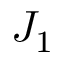
J _ { 1 }